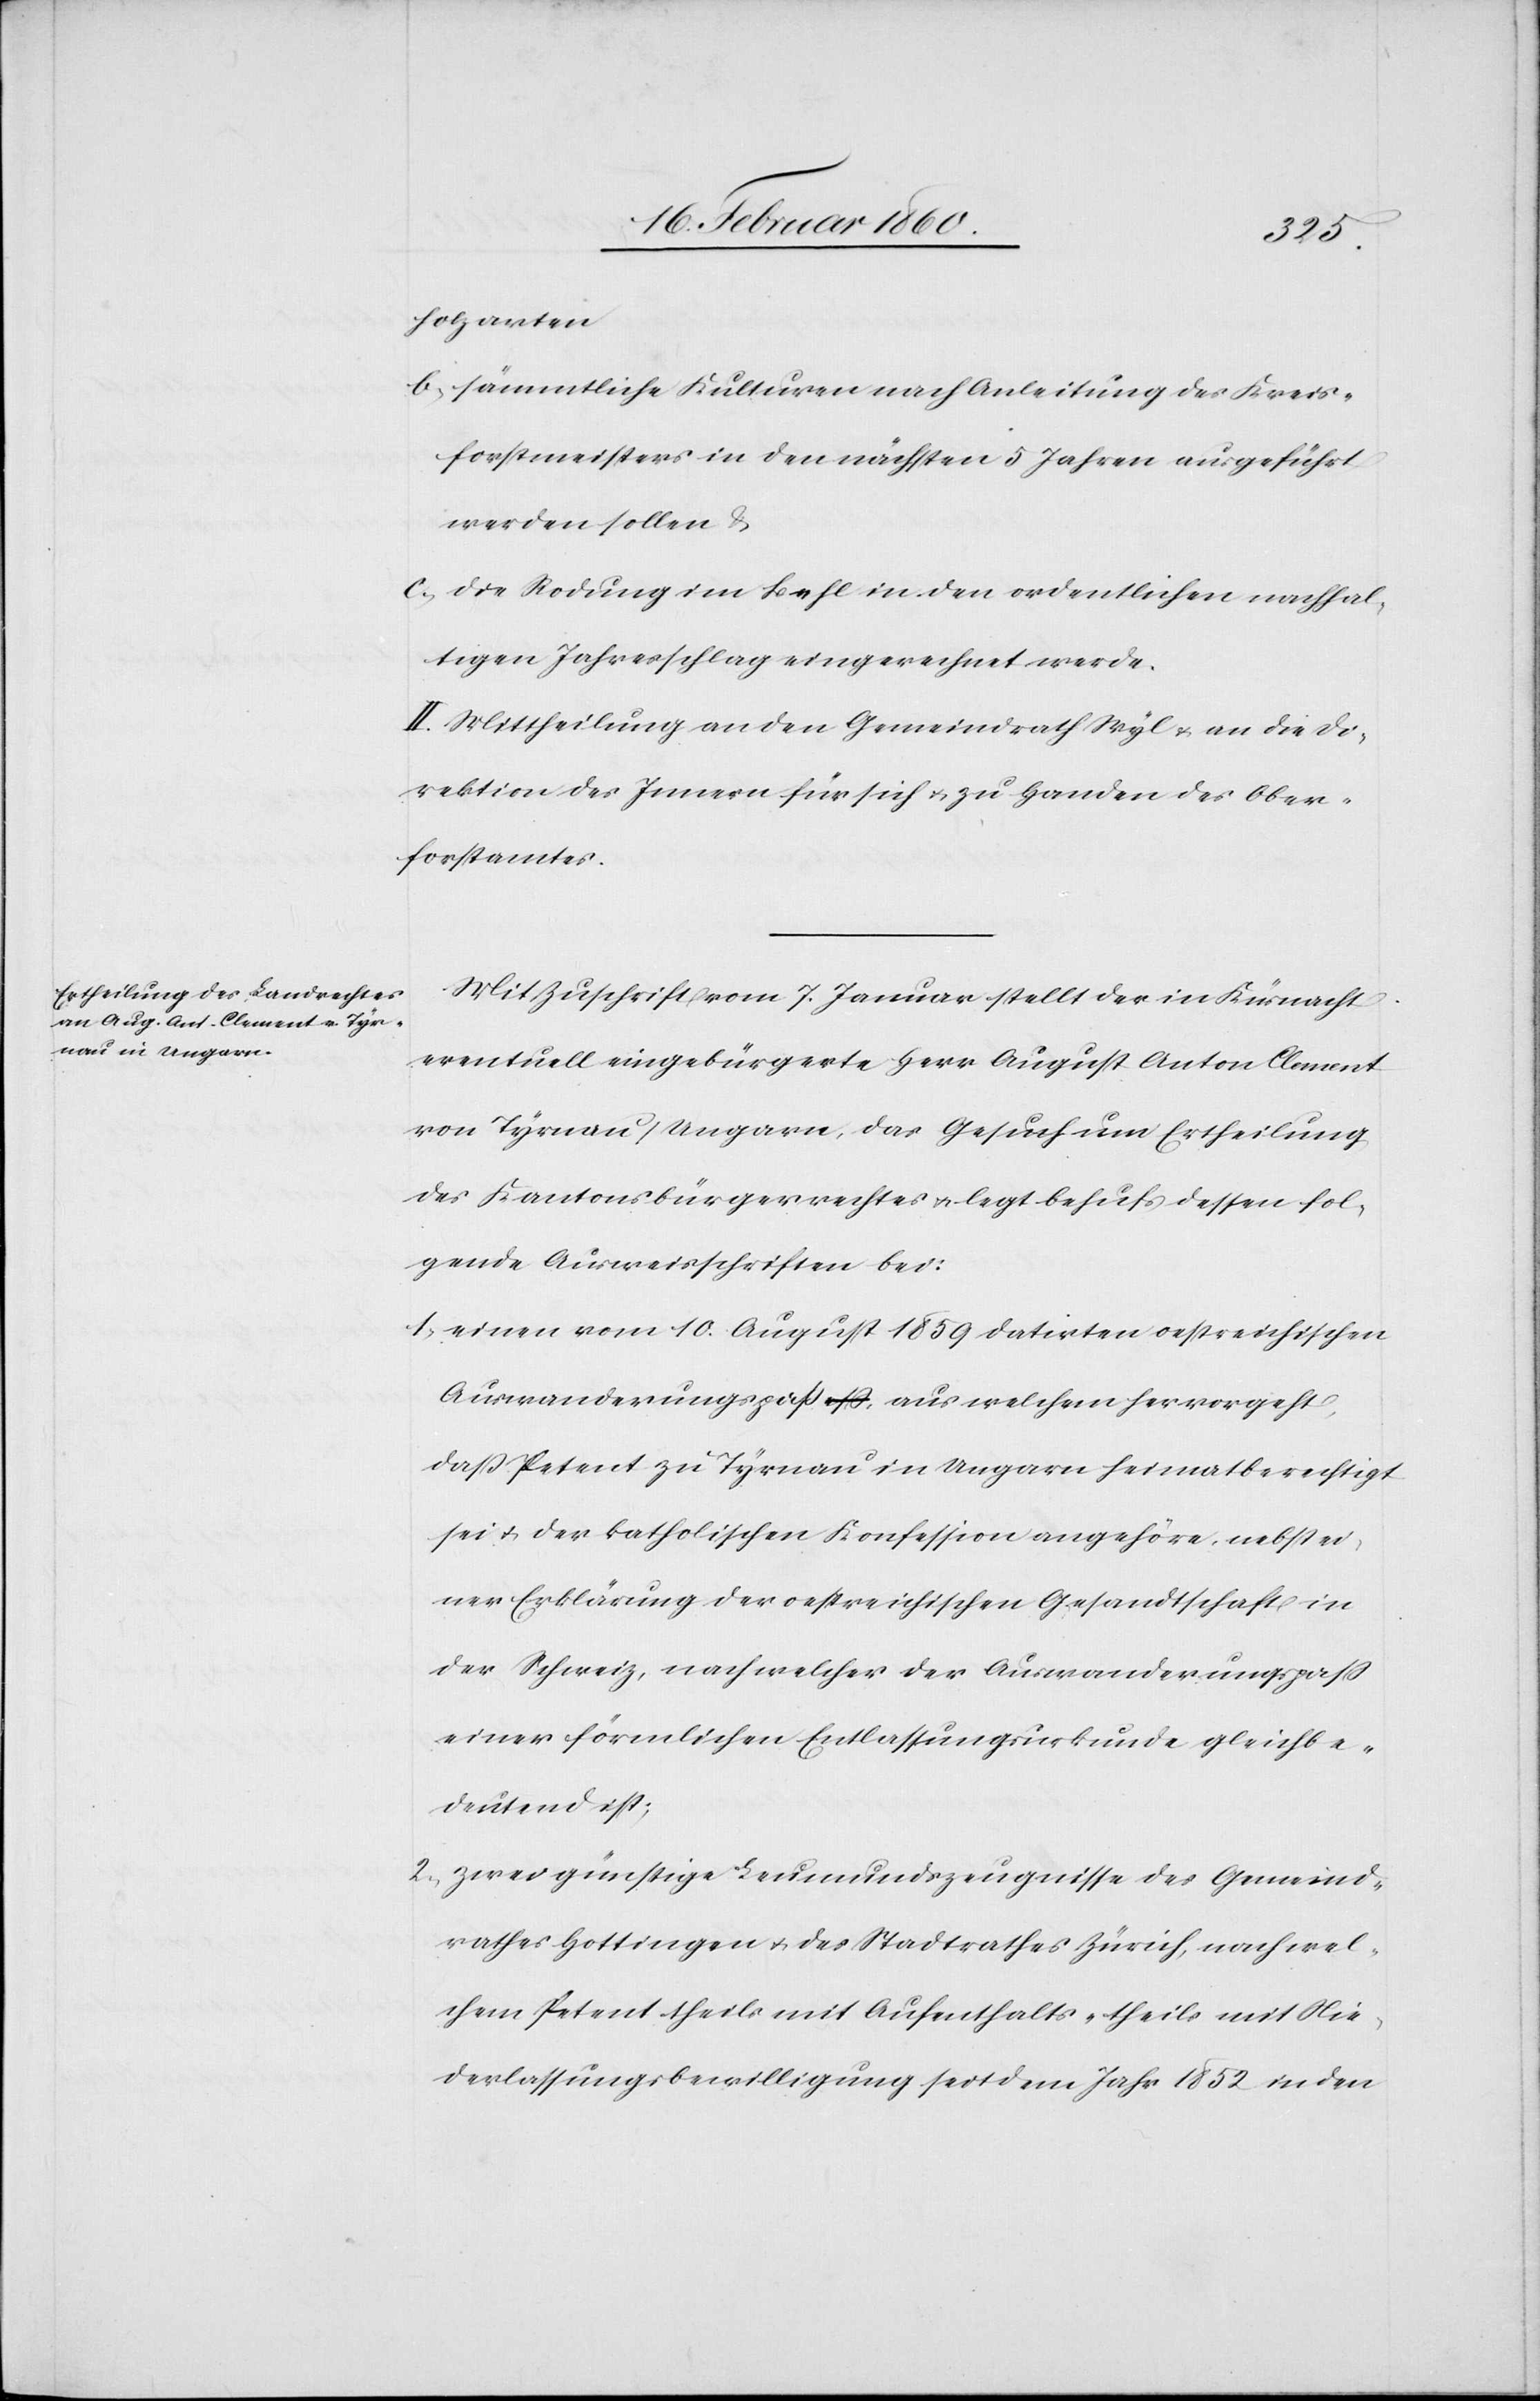
holzarten.
b. sämmtliche Kulturen nach Anleitung des Kreis¬
forstmeisters in den nächsten 5 Jahren ausgeführt
werden sollen u.
c. die Rodung im Behl in den ordentlichen nachhal¬
tigen Jahresschlag eingerechnet werde.
II. Mittheilung an den Gemeindrath Wyl u. an die Di¬
rektion des Innern für sich u. zu Handen des Ober¬
forstamtes.
Mit Zuschrift vom 7. Januar stellt der in Küsnacht
eventuell eingebürgerte Herr August Anton Clement
von Tyrnau/Ungarn , das Gesuch um Ertheilung
des Kantonsbürgerrechtes u. legt behufs dessen fol¬
gende Ausweisschriften bei:
1. einen vom 10. August 1859 datirten oestreichischen
Auswanderungspass, aus welchem hervorgeht,
dass Petent zu Tyrnau in Ungarn heimatberechtigt
sei u. der katholischen Konfession angehöre, nebst ei¬
ner Erklärung der oestreichischen Gesandtschaft in
der Schweiz, nach welcher der Auswanderungspass
einer förmlichen Entlassungsurkunde gleichbe¬
deutend ist;
2. zwei günstige Leumundszeugnisse des Gemeind¬
rathes Hottingen u. des Stadtrathes Zürich, nach wel¬
chem Petent theils mit Aufenthalts- theils mit Nie¬
derlassungsbewilligung seit dem Jahr 1852 in den